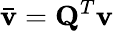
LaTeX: \mathbf{\bar{v}}=\mathbf{Q}^{T}\mathbf{v}